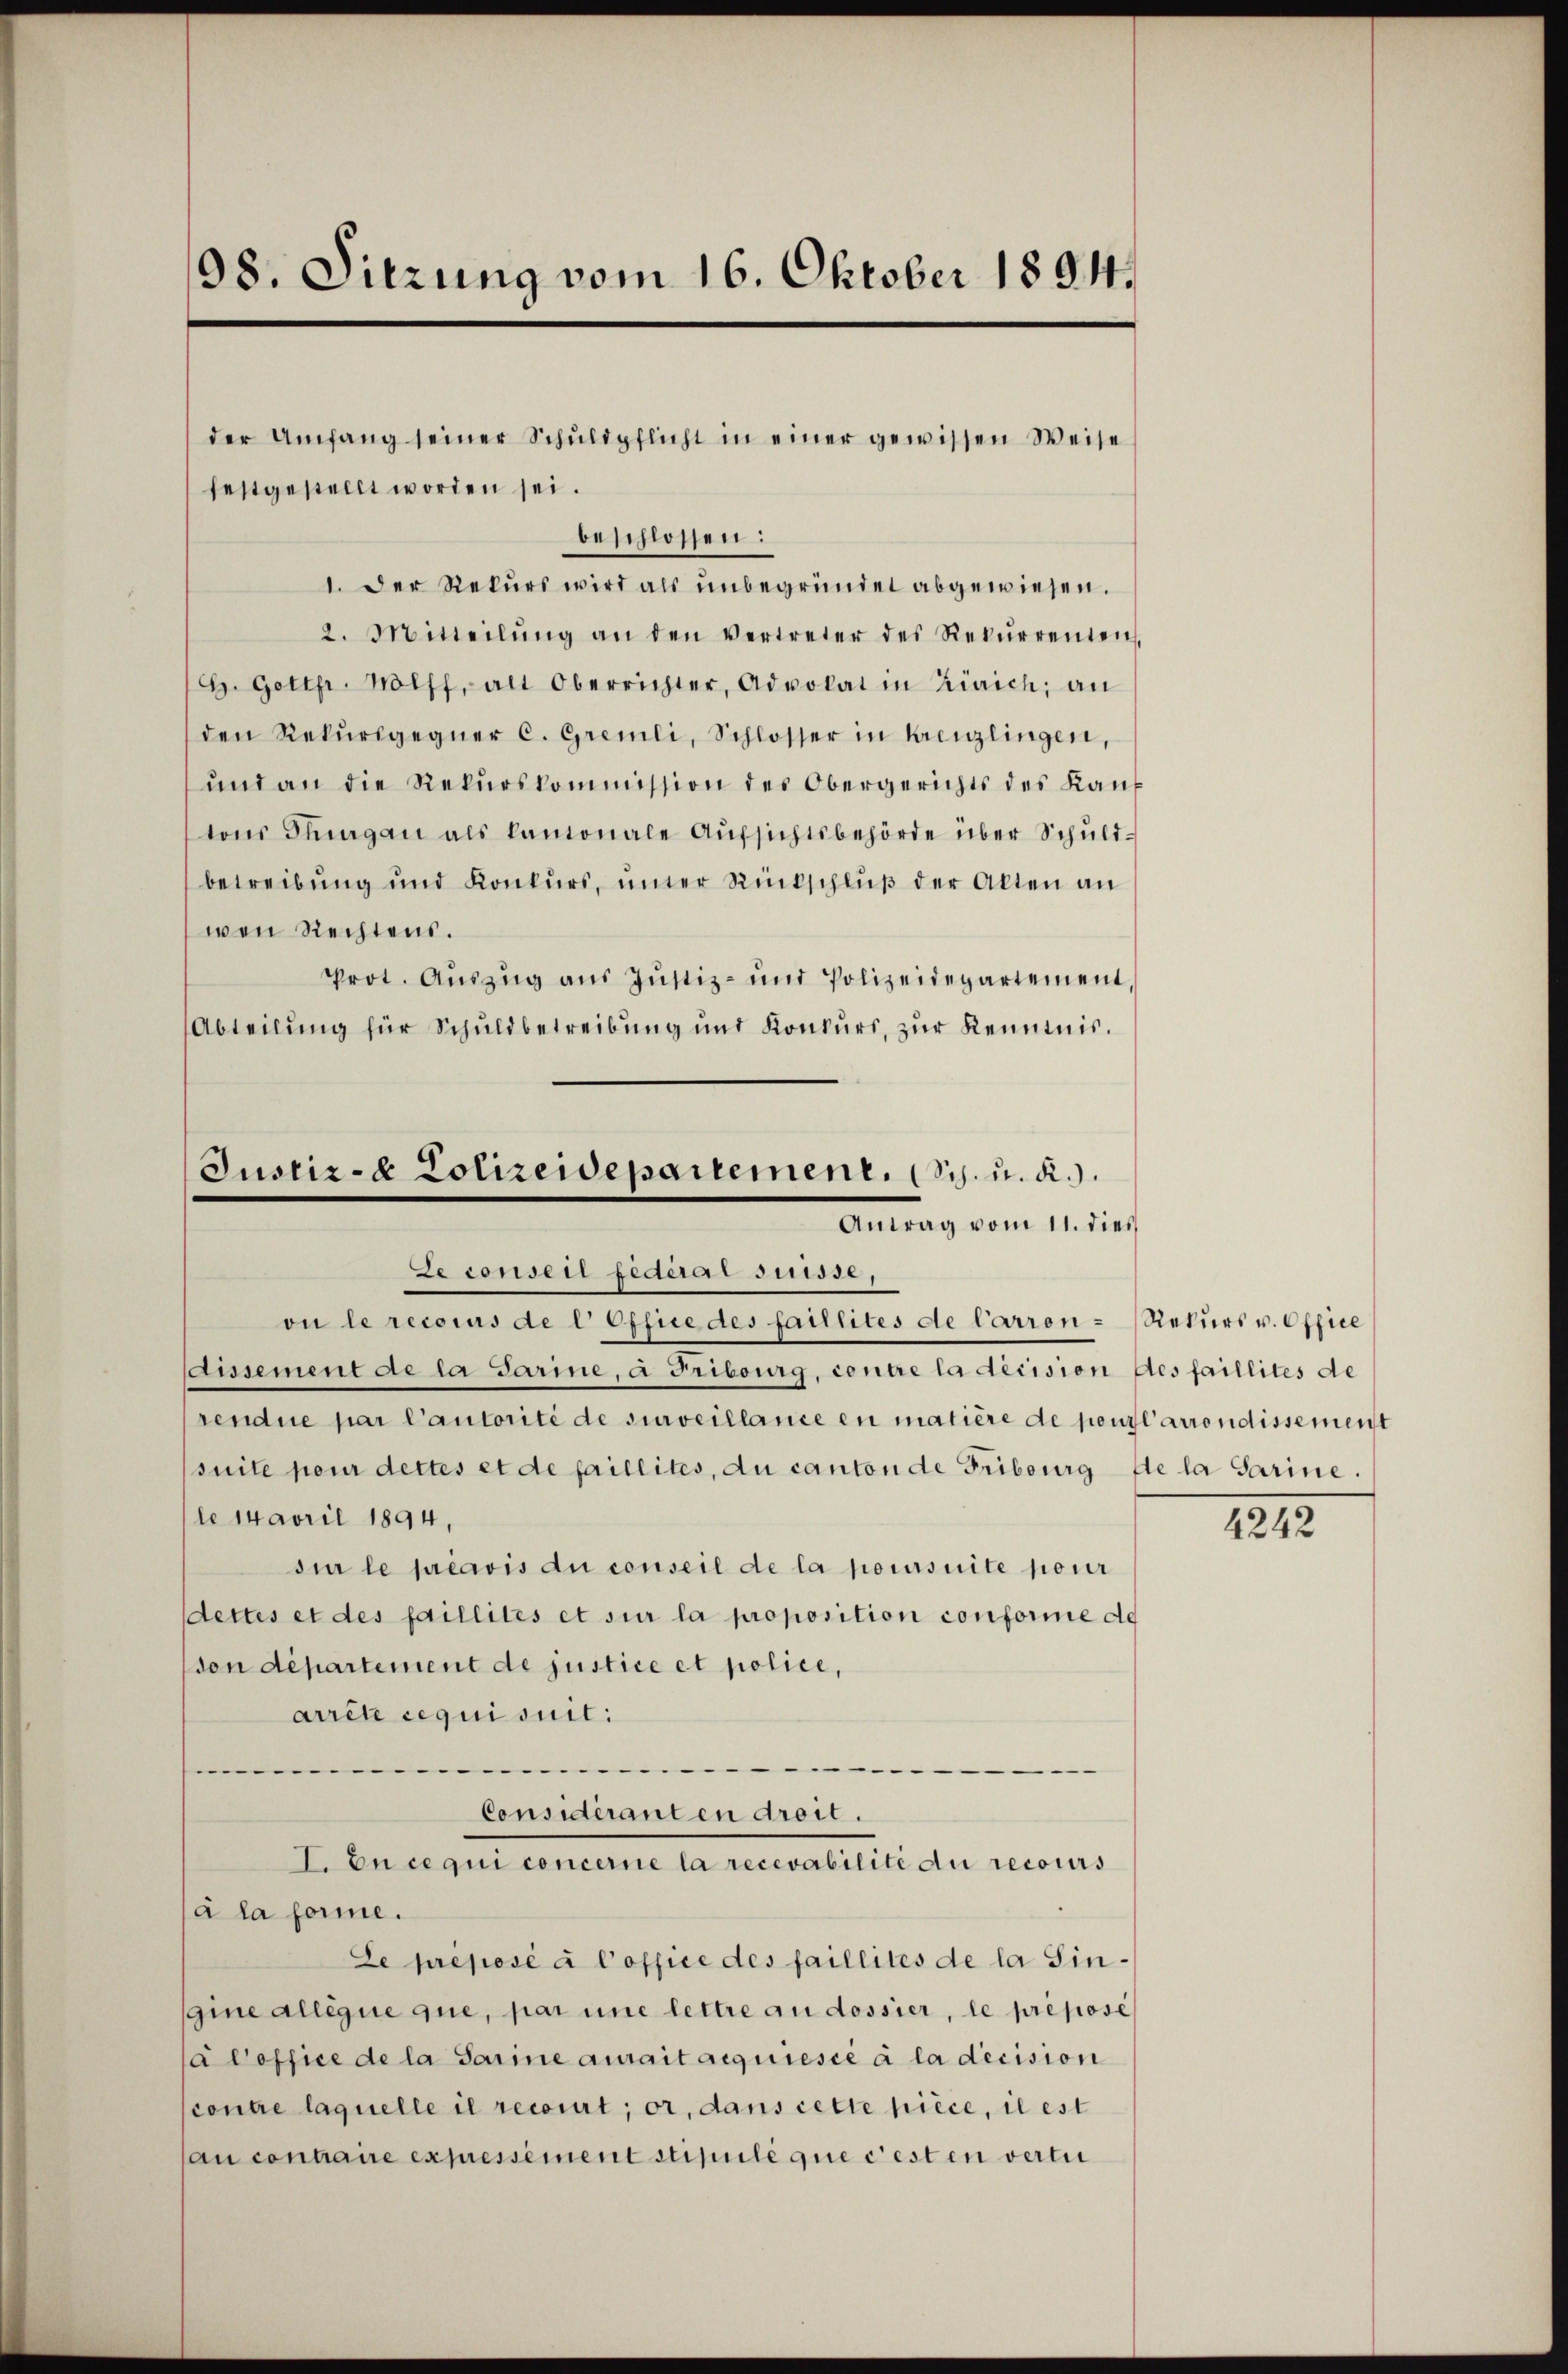
98. Sitzung vom 16. Oktober 1894.

der Umfang seiner Schŭldpflicht in einer gewissen Weise

Justiz- & Polizeidepartement. (Sch. u. a.).
Antrag vom 11. dies
Le conser federar suisse,
on le recoras de l Office des faillites de Carron-

festgestellt worden sei.
beschlossen:
1. Der Rekurs wird als unbegründet abgewiesen.
2. Mitteilŭng an den vertreter des Rekŭrrenten,
H. Gottp. Wolff, alt Oberrichter, Advokat in Zürich; an
den Rekŭrsgegner C. Gremli, Schlosser in Kreuzlingen,
und an die Rekurskommission des Obergerichts des Kantons Thurgau als kantonale Aufsichtsbehörde über Schuldbetreibung und Konkurs, unter Rückschlŭβ der Alten an
wen Rechtens.
Prot. Aŭszŭg aŭs Jŭstiz- und Polizeidepartement,
Abteilung für Schuldbetreibung und Konkurs, zur Kenntnis.
dissement de la Sarine, à Fribourg, contre la decision des faillites de
rendue par Cautorité de surveillance en matière de pour l’arrondissement
(suite pour dettes et de faillites, du canton de Fribourg die la darine.
le 14avril 1894,
sur le préavis du conseil de la poursuite pour
dettes et des faillités et sur la proposition conforme de
don département de justice et police,
arrête requisuit:
.
Considéranten droit.
I. En ce qui concerne la recevabilité du recours
à la forme.
Le préposé à Coffice des faillites de la Singine allégue que, par une lettre au dossier, le préposé
à Coffice de la Sarine aurait acquiesce à la decision
centre laquelle il recourt; or, dans cette pièce, il est
au contraire expressement stipulé que c’est en verti

Rekurs v. Office

4242